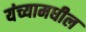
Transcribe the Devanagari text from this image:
यंच्यामधील